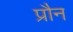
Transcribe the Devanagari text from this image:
प्रौन